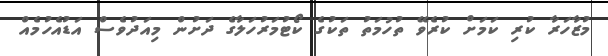
މުޒާހަރާ ކުރި ކަމަށް ކުރެވޭ ތުހުމަތު ތަކުގެ ކޯޓުމަރުހަލާގެ ދަށުން މިއަދުވެސް އަޑުއެހުމެއް